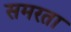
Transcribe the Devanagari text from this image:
समरता